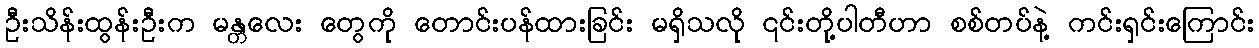
ဦးသိန်းထွန်းဦးက မန္တလေး တွေကို တောင်းပန်ထားခြင်း မရှိသလို ၎င်းတို့ပါတီဟာ စစ်တပ်နဲ့ ကင်းရှင်းကြောင်း